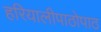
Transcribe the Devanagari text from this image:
हरियालीपाठोपाठ